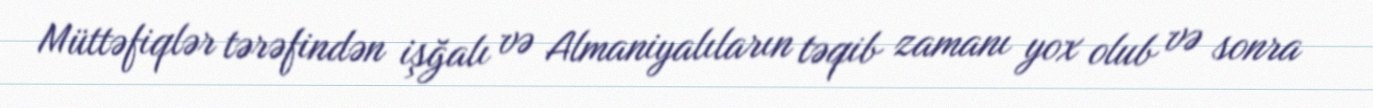
Müttəfiqlər tərəfindən işğalı və Almaniyalıların təqib zamanı yox olub və sonra